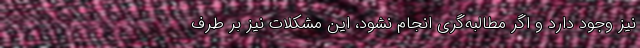
نیز وجود دارد و اگر مطالبه‌گری انجام نشود، این مشکلات نیز بر طرف